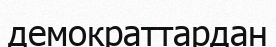
демократтардан